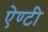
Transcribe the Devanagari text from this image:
ऐण्टी